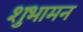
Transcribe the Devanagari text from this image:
शुभामन